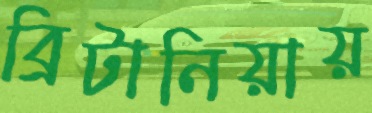
ব্রিটানিয়ায়